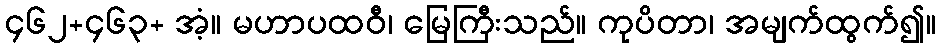
၄၆၂+၄၆၃+ အံ့။ မဟာပထဝီ၊ မြေကြီးသည်။ ကုပိတာ၊ အမျက်ထွက်၍။